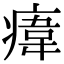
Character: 𤸆